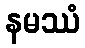
နမဿံ